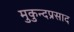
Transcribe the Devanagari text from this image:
मुकुन्दप्रसाद